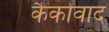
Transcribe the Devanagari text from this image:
कैकोवाद